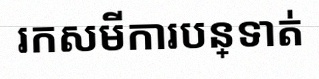
រកសមីការបន្ទាត់